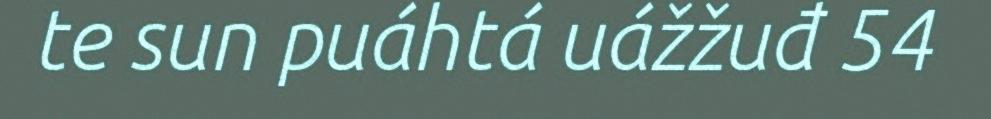
te sun puáhtá uážžuđ 54